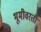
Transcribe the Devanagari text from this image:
भूमीवरती